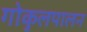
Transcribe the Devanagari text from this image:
गोकुलपालन